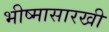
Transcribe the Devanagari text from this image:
भीष्मासारखी